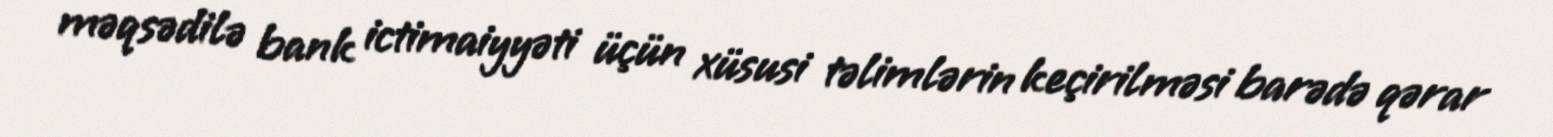
məqsədilə bank ictimaiyyəti üçün xüsusi təlimlərin keçirilməsi barədə qərar